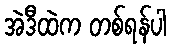
အဲဒီထဲက တစ်ရန်ပါ